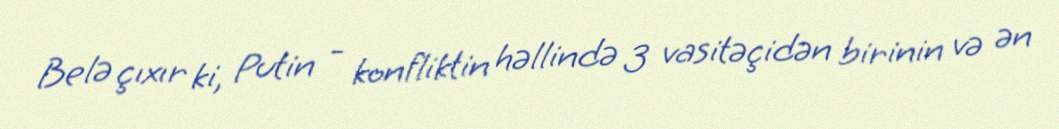
Belə çıxır ki, Putin - konfliktin həllində 3 vasitəçidən birinin və ən